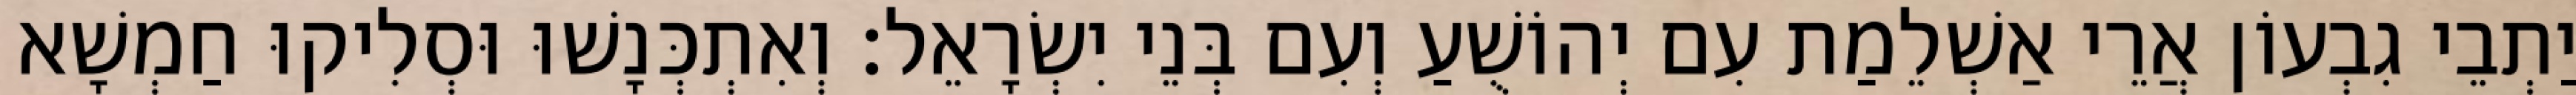
יַתְבֵי גִבְעוֹן אֲרֵי אַשְׁלֵמַת עִם יְהוֹשֻׁעַ וְעִם בְּנֵי יִשְׂרָאֵל׃ וְאִתְכְּנָשׁוּ וּסְלִיקוּ חַמְשָׁא